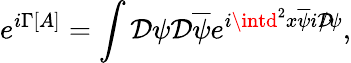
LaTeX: e^{i\Gamma[A]}=\int{\cal\mathcal{D}}\psi{\cal\mathcal{D}}\overline{{{\psi}}}e^{i\intd^{2}x\overline{{{\psi}}}i\mathcal{D}\! \! \! /\psi},